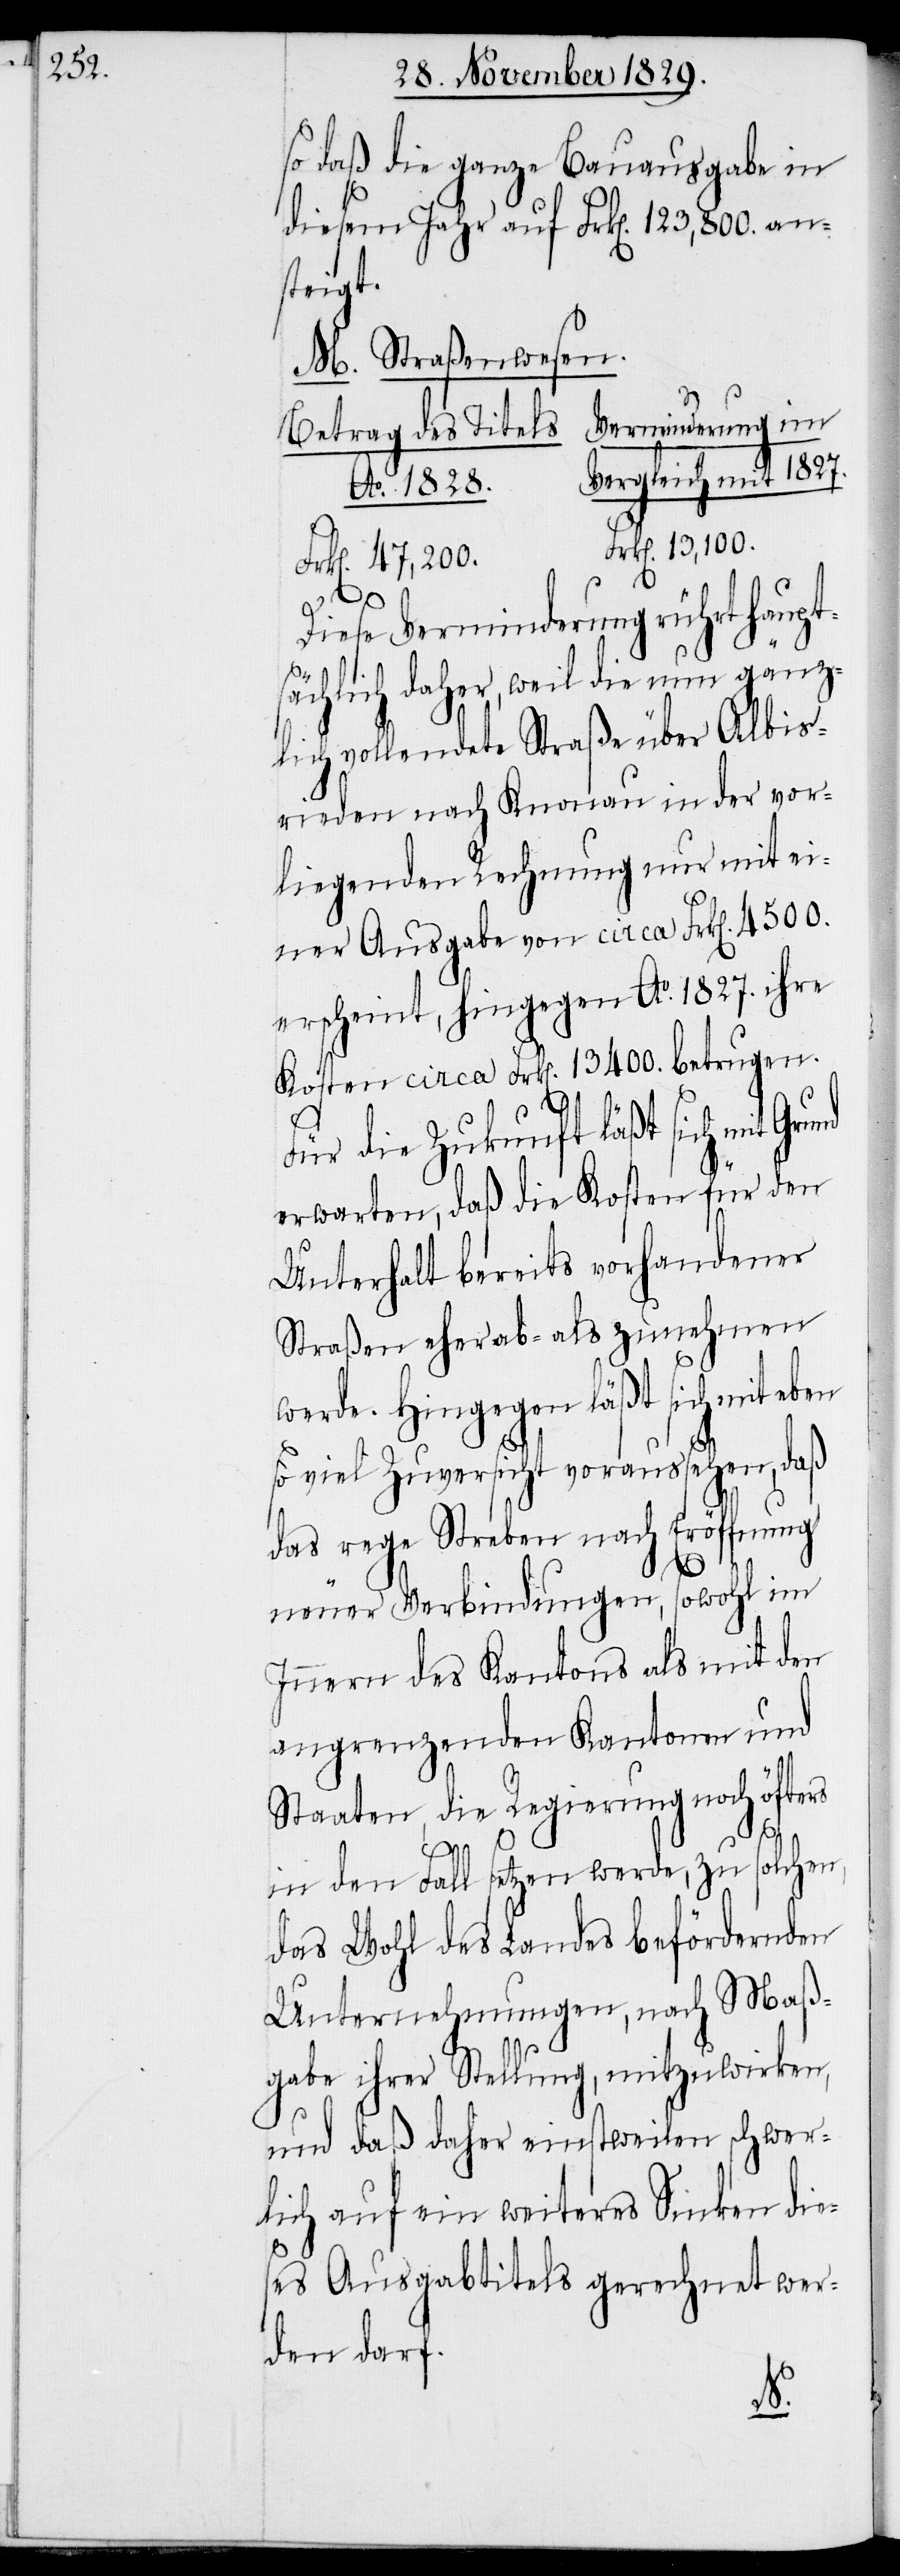
so daß die ganze Bauausgabe in
diesem Jahr auf Frk[en]. 123,800. an¬
steigt.
M. Straßenwesen.
Verminderung im
Betrag des Titels.
Ao. 1828.
13,100.
Diese Verminderung rührt haupt¬
sächlich daher, weil die nun gänz¬
lich vollendete Straße über Albisr¬
ieden nach Knonau in der vor¬
liegenden Rechnung nur mit ei¬
ner Ausgabe von circa Frk[en]. 4500.
erscheint, hingegen Ao. 1827. ihre
Kosten circa Frk[en]. 13400. betrugen.
Für die Zukunft läßt sich mit
erwarten, daß die Kosten für den
Unterhalt bereits vorhandener
Straßen eher ab- als zunehmen
werde. Hingegen läßt sich mit eben
so viel Zuversicht voraussehen, daß
das rege Streben nach Eröffnung
neuer Verbindungen, sowohl im
Innern des Kantons als mit den
angrenzenden Kantonen und
Staaten, die Regierung noch öfters
mit
in den Fall setzen werde, zu solchen,
das Wohl des Landes befördernden
Unternehmungen, nach Maaß¬
gabe ihrer Stellung, mitzuwirken,
und daß daher einstweilen schwer¬
lich auf ein weiteres Sinken die¬
ses Ausgabtitels gerechnet wer¬
den darf.